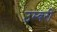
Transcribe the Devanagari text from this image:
उम्बरी